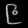
Digit: ၉